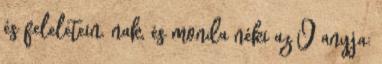
és feleletein. nak, és monda néki az Ő anyja: